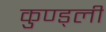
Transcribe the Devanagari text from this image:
कुण्ड्ली